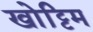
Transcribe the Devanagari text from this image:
खोट्टिम